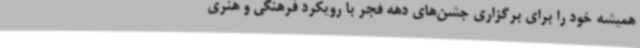
همیشه خود را برای برگزاری جشن‌های دهه فجر با رویکرد فرهنگی و هنری